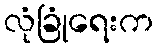
လုံခြုံရေးက